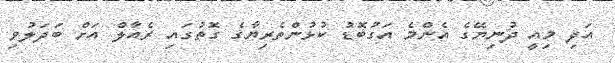
އަދި މިއީ ދުނިޔޭގެ އެންމެ އަގުބޮޑު ކުޅުންތެރިޔާގެ ގޮތުގައި ރެއާލް އަށް ބަދަލުވި